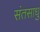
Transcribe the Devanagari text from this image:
संतसाधु